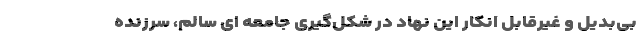
بی‌بدیل و غیرقابل انکار این نهاد در شکل‌گیری جامعه ای سالم، سرزنده